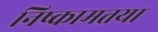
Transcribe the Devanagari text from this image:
निष्कामतया